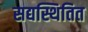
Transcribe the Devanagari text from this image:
सद्यस्थितित